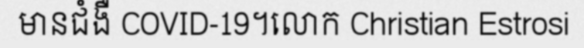
មានជំងឺ COVID-19។លោក Christian Estrosi